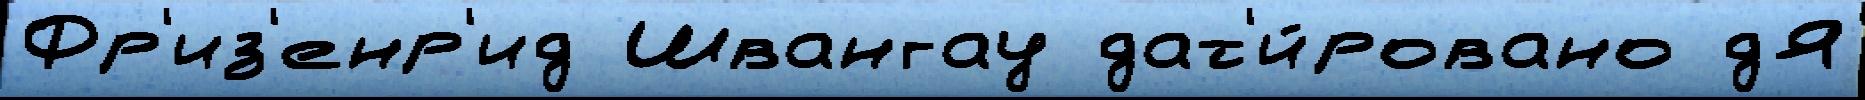
Фр'из'енр'ид Швангау дат'и́ровано дЯ